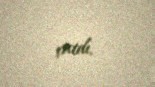
çatdı.